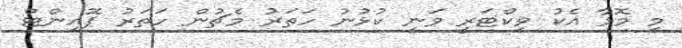
މި މޮޅާ އެކު ވިކްޓަރީ ވަނީ ކުޅުނު ހަތަރު މެޗުން ހަތަރު ޕޮއިންޓް